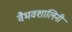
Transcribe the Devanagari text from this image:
वैभवशालिनी